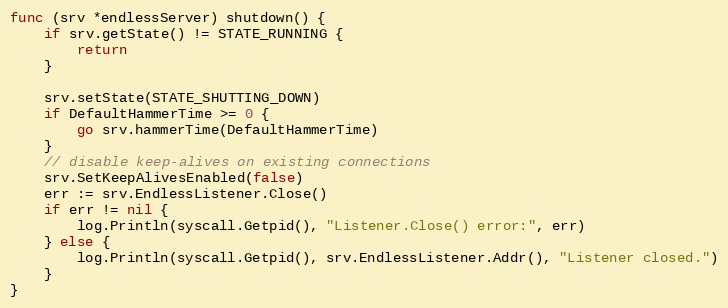
Language: Go
func (srv *endlessServer) shutdown() {
	if srv.getState() != STATE_RUNNING {
		return
	}

	srv.setState(STATE_SHUTTING_DOWN)
	if DefaultHammerTime >= 0 {
		go srv.hammerTime(DefaultHammerTime)
	}
	// disable keep-alives on existing connections
	srv.SetKeepAlivesEnabled(false)
	err := srv.EndlessListener.Close()
	if err != nil {
		log.Println(syscall.Getpid(), "Listener.Close() error:", err)
	} else {
		log.Println(syscall.Getpid(), srv.EndlessListener.Addr(), "Listener closed.")
	}
}